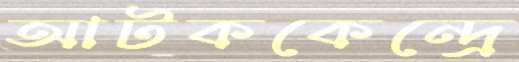
আটককেন্দ্রে